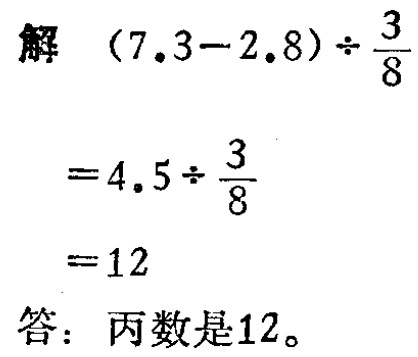
解

\[

\begin{align*}

&(7.3 - 2.8) \div \frac{3}{8}\\

=&4.5 \div \frac{3}{8}\\

=&12

\end{align*}

\]

答：丙数是12。